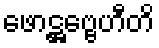
ဖောဋ္ဌဗ္ဗေဟီတိ